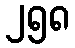
၂၅၈